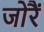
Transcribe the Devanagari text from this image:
जोरैं